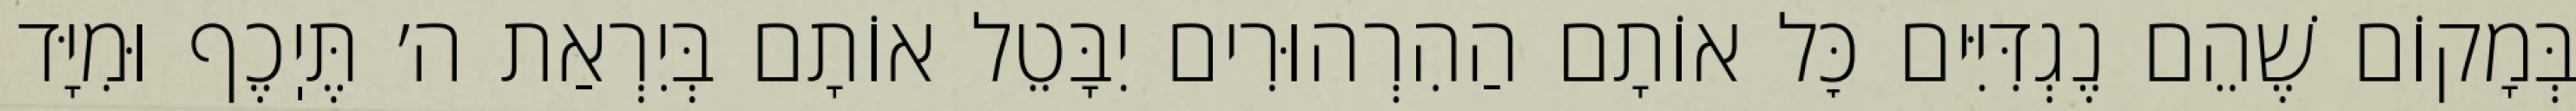
בְּמָקוֹם שֶׁהֵם נֶגְדִּיִּים כׇּל אוֹתָם הַהִרְהוּרִים יִבָּטֵל אוֹתָם בְּיִרְאַת ה׳ תֶּיֽכֶף וּמִיָּד